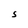
Character: S